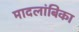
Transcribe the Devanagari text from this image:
मादलांबिका